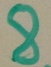
Text: 8